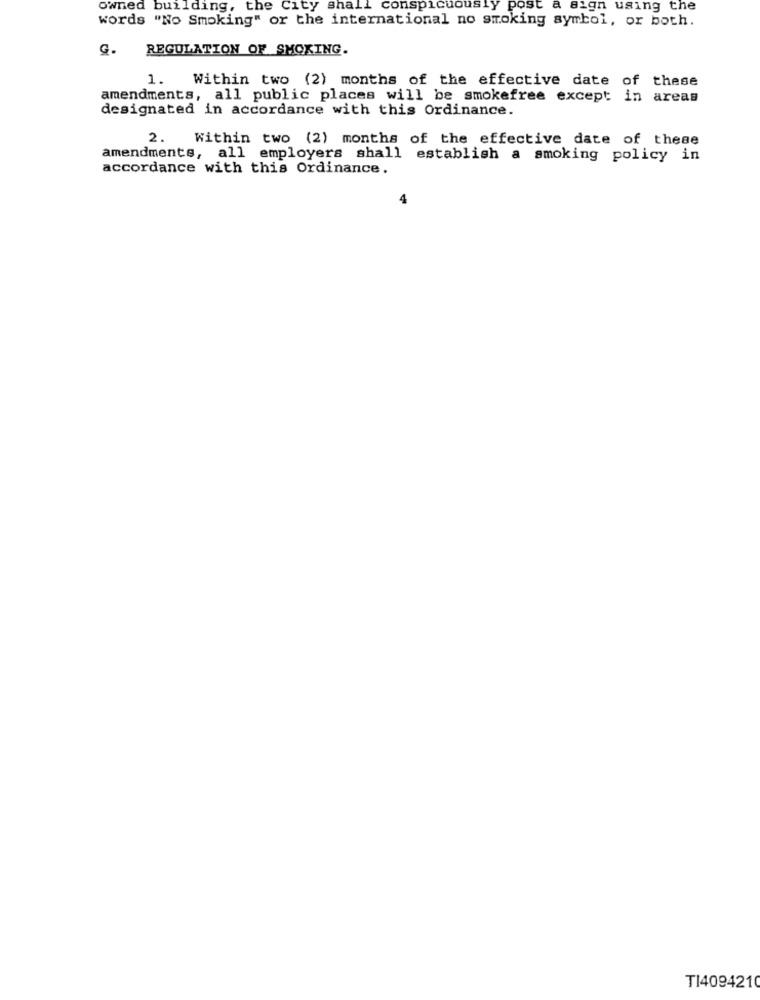
owned building, the C
city shall conspicuously
post a sign using the
words "No Smoking" or the international no smoking symbol, or both.
G.
REGULATION OF SMOKING.
1.
Within two (2) months of the effective date of these
amendments, all public places will be smokefree except in areas
designated in accordance with this Ordinance.
2. Within two (2) months of the effective date of these
amendments, all employers shall establish a smoking policy in
accordance with this Ordinance.
4
T14094210